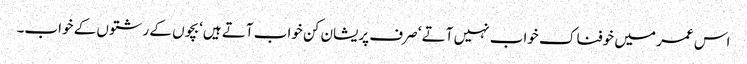
اس عمر میں خوفناک خواب نہیں آتے ‘ صرف پریشان کن خواب آتے ہیں‘ بچوں کے رشتوں کے خواب۔